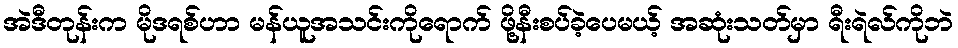
အဲဒီတုန်းက မိုဒရစ်ဟာ မန်ယူအသင်းကိုရောက် ဖို့နီးစပ်ခဲ့ပေမယ့် အဆုံးသတ်မှာ ရီးရဲလ်ကိုဘဲ